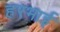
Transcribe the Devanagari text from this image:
हरभाई